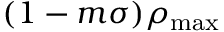
( 1 - m \sigma ) \rho _ { \mathrm { m a x } }